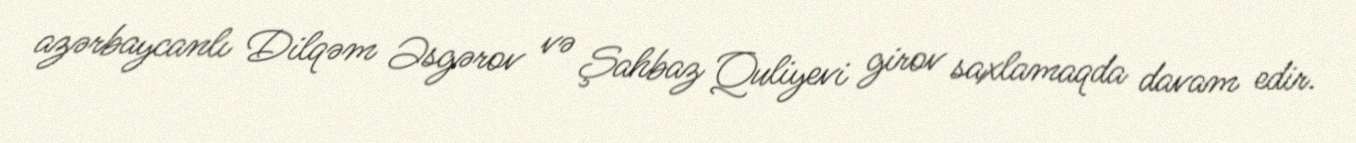
azərbaycanlı Dilqəm Əsgərov və Şahbaz Quliyevi girov saxlamaqda davam edir.